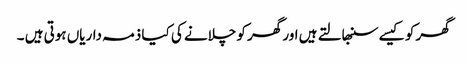
گھر کو کیسے سنبھالتے ہیں اور گھر کو چلانے کی کیا ذمہ داریاں ہوتی ہیں ۔